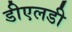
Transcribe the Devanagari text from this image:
डीएलडी